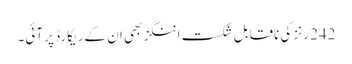
242 رنز کی ناقابل شکست اننگز بھی ان کے ریکارڈ پر آئی۔